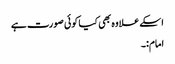
اسکے علاوہ بھی کیا کوئی صورت ہے
امام:۔